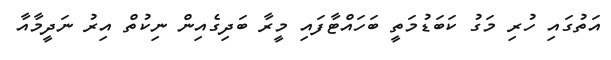
އަތުގައި ހުރި މަގު ކަބަޑުމަތީ ބަހައްޓާފައި މީރާ ބަދިގެއިން ނިކުތް އިރު ނަދީމާއާ